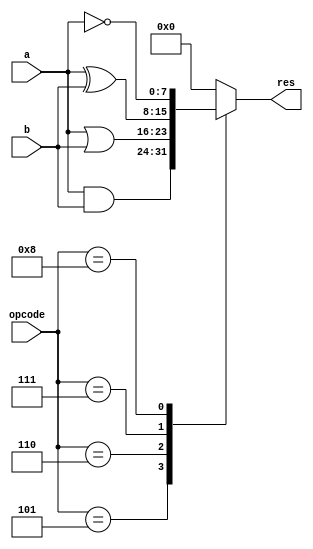
`timescale 1ns / 1ps

// Jonah Meggs 2022
// Jonah's Guide to Verilog Chapter 4 - boolean8.v
// 8 bit boolean logic block

module boolean8(
	input [3:0] opcode,
	input [7:0] a,
	input [7:0] b,
	output reg [7:0] res
    );

always@(opcode, a, b) begin
	case (opcode)
		4'b0101: res <= a & b;
		4'b0110: res <= a | b;
		4'b0111: res <= a ^ b;
		4'b1000: res <= ~a;
		default: res <= 0;
	endcase
end

endmodule